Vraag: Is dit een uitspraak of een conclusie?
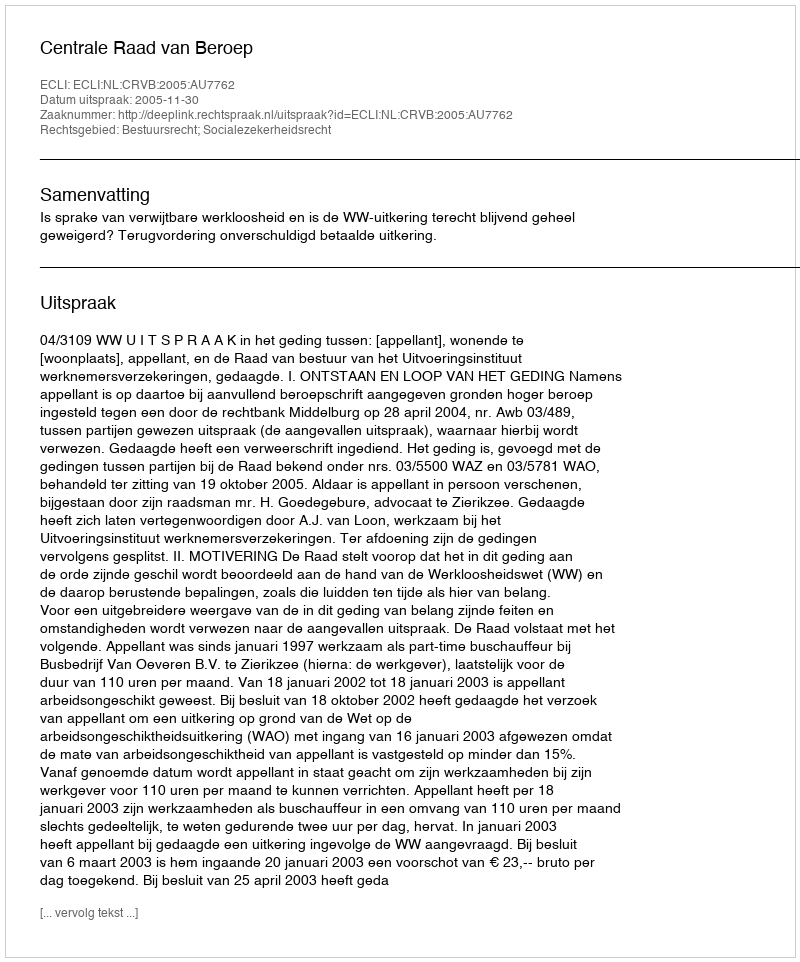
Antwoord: Uitspraak